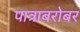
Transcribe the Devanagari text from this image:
पात्राबरोबर